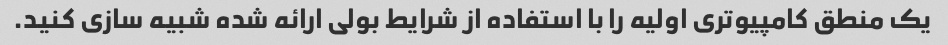
یک منطق کامپیوتری اولیه را با استفاده از شرایط بولی ارائه شده شبیه سازی کنید.